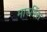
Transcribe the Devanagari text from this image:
मार्सडेंस